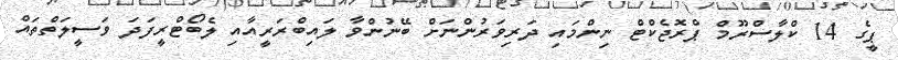
ޕީގެ 14 ކްލާސްރޫމް ޕްރޮޖެކްޓް ނިންމައި ދަރިވަރުންނަށް ބޭނުންވާ ލައިބްރަރީއާއި ލެބޯޓްރީފަދަ ވަސީލަތްތައް